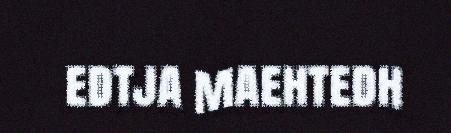
edtja maehtedh